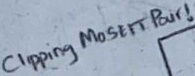
Text: Clipping MOSFET Pair!